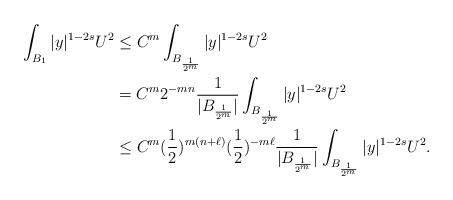
LaTeX: \begin{align*}\int_{B_1}|y|^{1-2s}U^2&\le C^{m}\int_{B_{\frac{1}{2^m}}}|y|^{1-2s}U^2\\&=C^m2^{-mn}\frac{1}{|B_{\frac{1}{2^m}}|}\int_{B_{\frac{1}{2^m}}}|y|^{1-2s}U^2\\&\le C^m(\frac{1}{2})^{m(n+\ell)}(\frac{1}{2})^{-m\ell}\frac{1}{|B_{\frac{1}{2^m}}|}\int_{B_{\frac{1}{2^m}}}|y|^{1-2s}U^2.\end{align*}